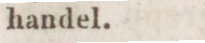
handel.